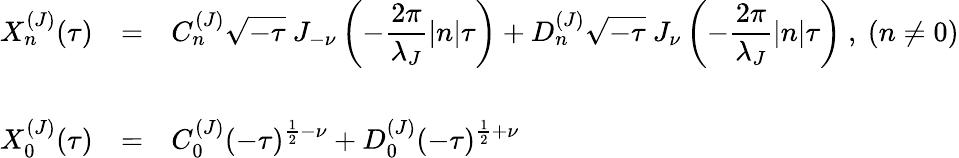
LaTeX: \begin{array}{lcl}{{X_{n}^{(J)}(\tau)}}&{{=}}&{{{\displaystyle C_{n}^{(J)}\sqrt{-\tau}~J_{-\nu}\left(-\frac{2\pi}{\lambda_{J}}|n|\tau\right)+D_{n}^{(J)}\sqrt{-\tau}~J_{\nu}\left(-\frac{2\pi}{\lambda_{J}}|n|\tau\right)}~,~(n\neq 0)}}\\ {{}}&{{}}&{{}}\\ {{X_{0}^{(J)}(\tau)}}&{{=}}&{{{\displaystyle C_{0}^{(J)}(-\tau)^{\frac{1}{2}-\nu}+D_{0}^{(J)}(-\tau)^{\frac{1}{2}+\nu}}}}\end{array}